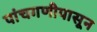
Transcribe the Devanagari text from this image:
पांचगणीपासून